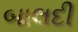
બાલદી